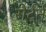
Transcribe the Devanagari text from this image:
रीर्टर्न